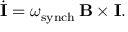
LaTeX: \dot { \bf I } = \omega _ { \mathrm { s y n c h } } \, { \bf B } \times { \bf I } .